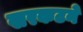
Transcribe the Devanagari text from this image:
खरकटने